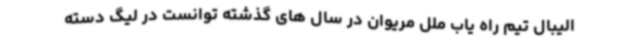
الیبال تیم راه یاب ملل مریوان در سال های گذشته توانست در لیگ دسته